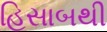
હિસાબથી